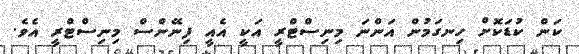
ކަން ކުޑަކޮށް ހިނގަމުން އަންނަ މިނިސްޓްރީ އަކީ އެއީ ފިނޭންސް މިނިސްޓްރީ އެވެ.